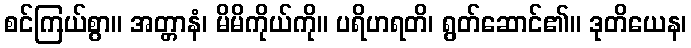
စင်ကြယ်စွာ။ အတ္တာနံ၊ မိမိကိုယ်ကို။ ပရိဟရတိ၊ ရွတ်ဆောင်၏။ ဒုတိယေန၊